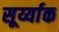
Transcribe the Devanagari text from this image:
सूर्य्याक